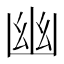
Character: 幽